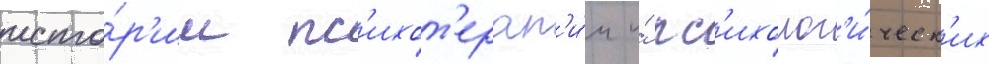
исто́р'ии пс'ихот'ерап'и́и и́ пс'ихолог'и́ческ'их